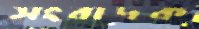
সংবাদক